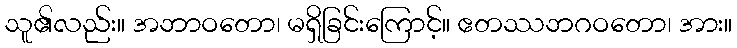
သူ၏လည်း။ အဘာဝတော၊ မရှိခြင်းကြောင့်။ ဧတဿဘဂဝတော၊ အား။